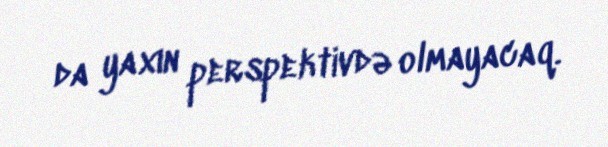
da yaxın perspektivdə olmayacaq.